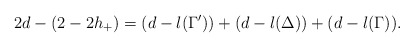
\begin{align*}2d-(2-2h_+)=(d-l(\Gamma^{\prime}))+(d-l(\Delta))+(d-l(\Gamma)).\end{align*}